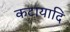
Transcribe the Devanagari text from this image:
कटायादि